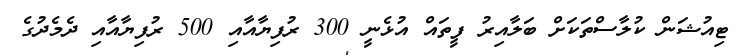
ޓިއުޝަން ކުލާސްތަކަށް ބަލާއިރު ފީތައް އުޅެނީ 300 ރުފިޔާއާއި 500 ރުފިޔާއާއި ދެމެދުގެ